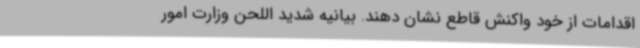
اقدامات از خود واکنش قاطع نشان دهند. بیانیه شدید اللحن وزارت امور